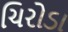
ચિરોડા